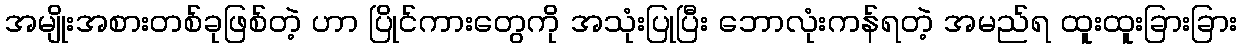
အမျိုးအစားတစ်ခုဖြစ်တဲ့ ဟာ ပြိုင်ကားတွေကို အသုံးပြုပြီး ဘောလုံးကန်ရတဲ့ အမည်ရ ထူးထူးခြားခြား